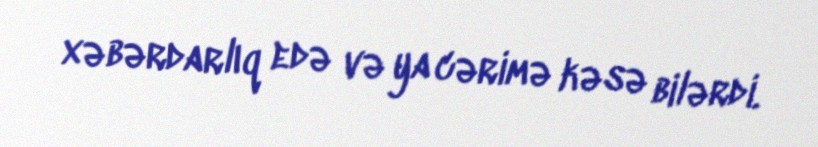
xəbərdarlıq edə və ya cərimə kəsə bilərdi.